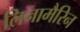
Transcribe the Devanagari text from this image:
लिनामैरिन